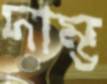
দাম্ভ